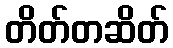
တိတ်တဆိတ်